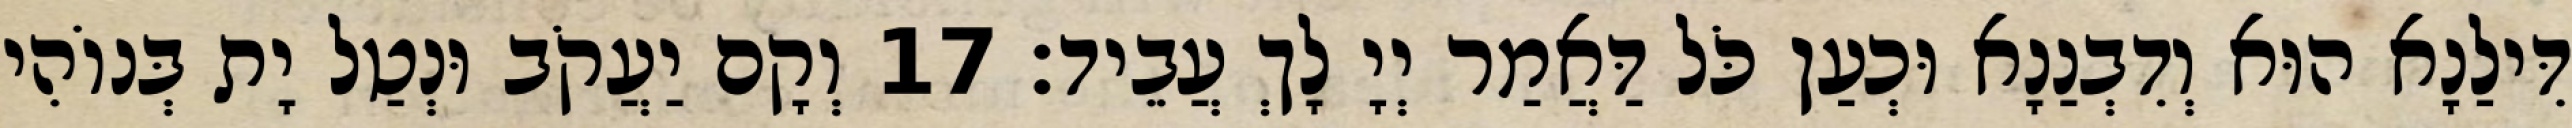
דִּילַנָא הוּא וְדִבְנַנָא וּכְעַן כֹּל דַּאֲמַר יְיָ לָךְ עֲבֵיד׃ 17 וְקָם יַעֲקֹב וּנְטַל יָת בְּנוֹהִי